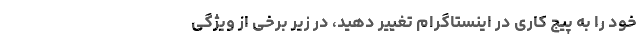
خود را به پیج کاری در اینستاگرام تغییر دهید، در زیر برخی از ویژگی